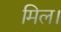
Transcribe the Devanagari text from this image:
मिल।